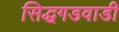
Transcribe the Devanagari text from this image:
सिद्धगडवाडी